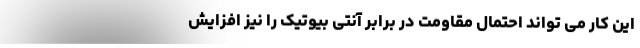
این کار می تواند احتمال مقاومت در برابر آنتی بیوتیک را نیز افزایش